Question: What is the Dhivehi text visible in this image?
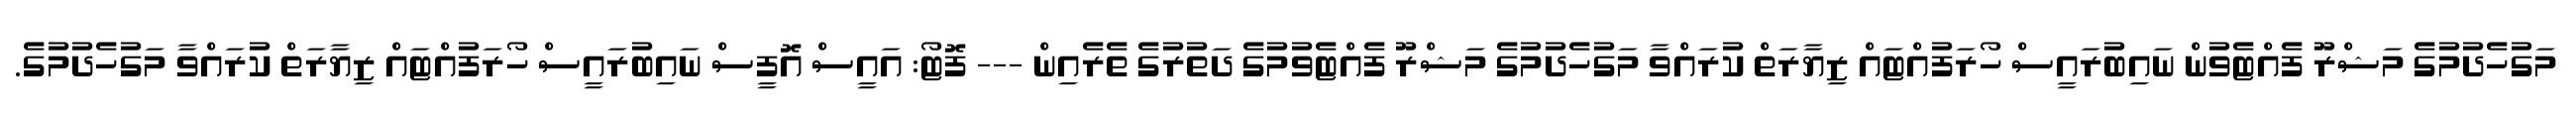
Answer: މަގުހެދުމުގެ މަޝްރޫ ފެއްޓެވުން ނައިބުރައީސް ހޯރަފުއްޓައް ޒިޔާރަތް ކުރައްވާ މަގުހެދުމުގެ މަޝްރޫ ފެއްޓެވުމުގެ ދަތުރުގެ ތެރެއިން --- ފޮޓޯ: އައީސް އޮފީސް ނައިބުރައީސް ހޯރަފުއްޓައް ޒިޔާރަތް ކުރައްވާ މަގުހެދުމުގެ.